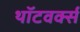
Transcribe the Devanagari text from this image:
थॉटवर्क्स